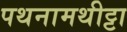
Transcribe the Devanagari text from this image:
पथनामथीट्टा